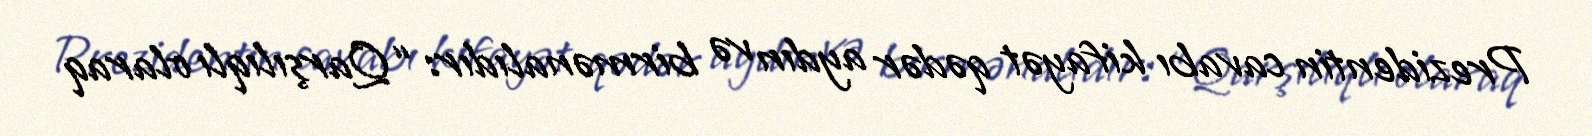
Prezidentin cavabı kifayət qədər aydın və birmənalıdır: “Qarşılıqlı olaraq